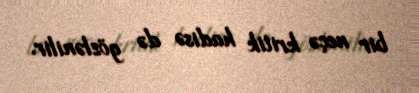
bir neçə kritik hadisə də gözlənilir.